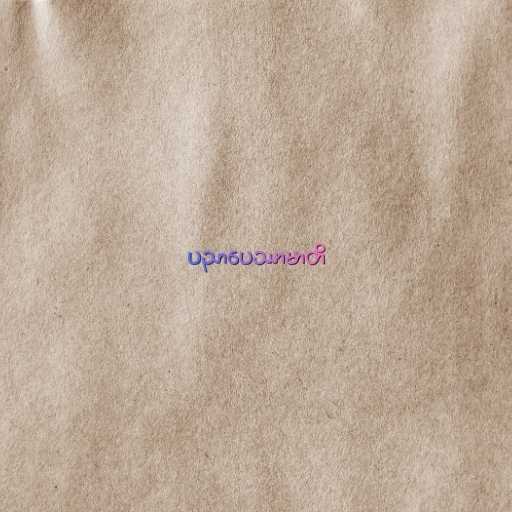
ပညာပေဿာမာတိ